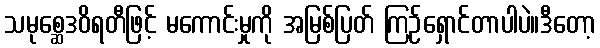
သမုစ္ဆေဒဝိရတီဖြင့် မကောင်းမှုကို အမြစ်ပြတ် ကြဉ်ရှောင်တာပါပဲ။ဒီတော့